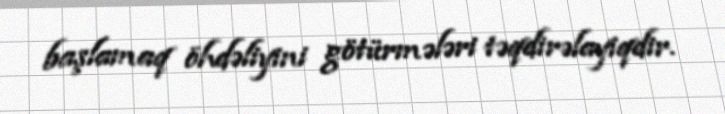
başlamaq öhdəliyini götürmələri təqdirəlayiqdir.